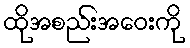
ထိုအစည်းအဝေးကို